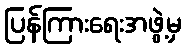
ပြန်ကြားရေးအဖွဲ့မှ